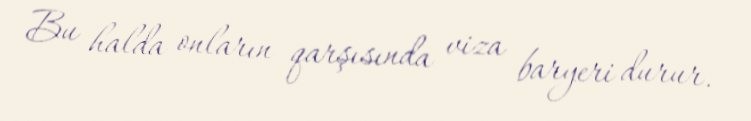
Bu halda onların qarşısında viza baryeri durur.